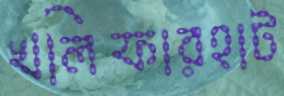
খলিফারহাট